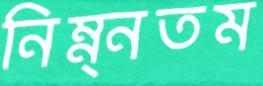
নিম্ন্নতম